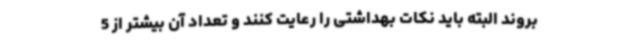
بروند البته باید نکات بهداشتی را رعایت کنند و تعداد آن بیشتر از 5